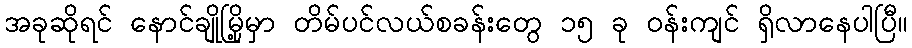
အခုဆိုရင် နောင်ချိုမြို့မှာ တိမ်ပင်လယ်စခန်းတွေ ၁၅ ခု ဝန်းကျင် ရှိလာနေပါပြီ။